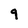
Character: 9